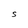
Character: S